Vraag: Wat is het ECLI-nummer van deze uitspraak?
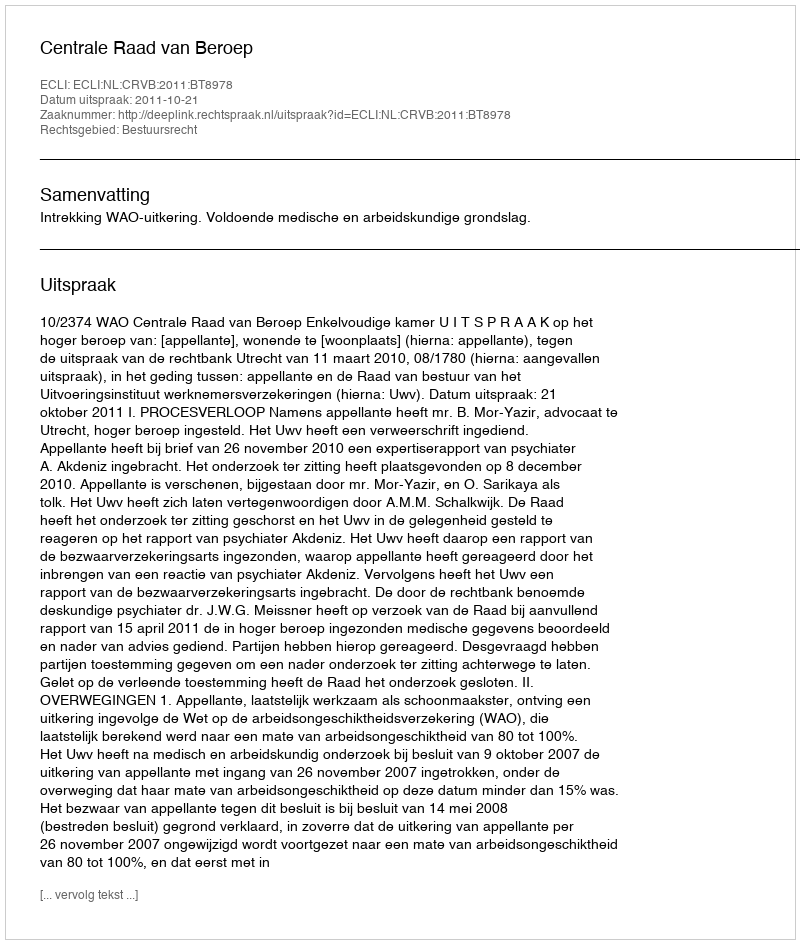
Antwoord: ECLI:NL:CRVB:2011:BT8978